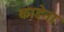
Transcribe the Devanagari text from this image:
काडेना